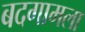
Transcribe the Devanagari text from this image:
बदगामला